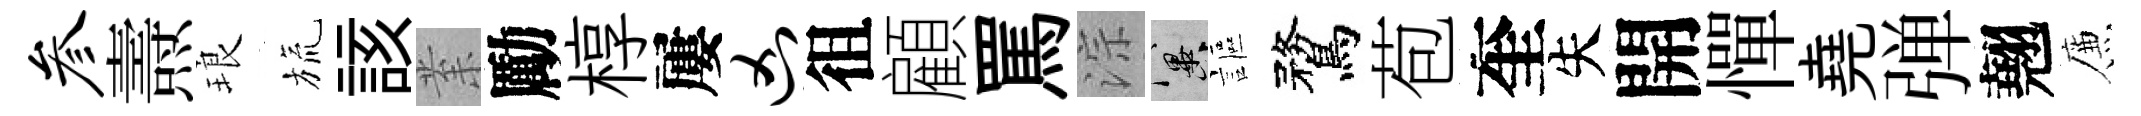
参燾琅旒該𭪙勵椁屢凶徂顧罵淙冀謳鶩苞奎失開憚堯弹翹簾